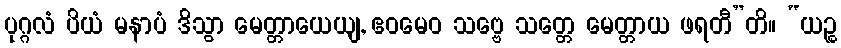
ပုဂ္ဂလံ ပိယံ မနာပံ ဒိသွာ မေတ္တာယေယျ, ဧဝမေဝ သဗ္ဗေ သတ္တေ မေတ္တာယ ဖရတီ”တိ။ “ယဉ္စ